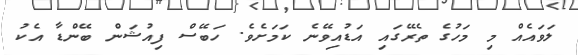
ލަވައެއް މި މަހުގެ ތެރޭގައި އަޑުއިވޭނެ ކަމަށެވެ. ހަބޭސް ފިއުޝަން ބޭންޑާ އެކު